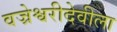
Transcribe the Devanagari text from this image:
वज्रेश्वरीदेवीला